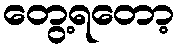
တွေ့ရတော့